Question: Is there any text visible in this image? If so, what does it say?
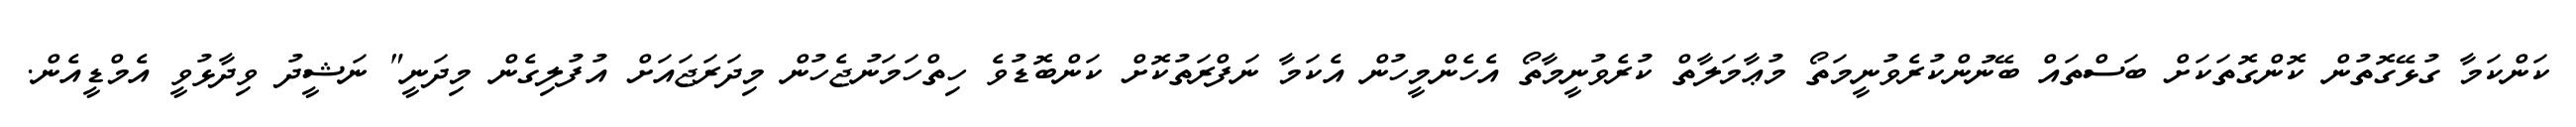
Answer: ކަންކަމާ ގުޅޭގޮތުން ކޮންގޮތަކަށް ބަސްތައް ބޭނުންކުރެވުނީމަތޯ މުޢާމަލާތް ކުރެވުނީމާތޯ އެހެންމީހުން އެކަމާ ނަފްރަތުކޮށް ކަންބޮޑުވެ ހިތްހަމަނުޖެހުން މިދަރަޖައަށް އުފުލިގެން މިދަނީ" ނަޝީދު ވިދާޅުވީ އެމްޑީއެން.